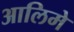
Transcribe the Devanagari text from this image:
आलिमे